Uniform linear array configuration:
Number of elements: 64
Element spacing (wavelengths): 0.5
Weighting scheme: blackman
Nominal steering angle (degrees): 45
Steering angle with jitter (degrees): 46.984
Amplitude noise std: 0.05
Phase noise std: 0.05

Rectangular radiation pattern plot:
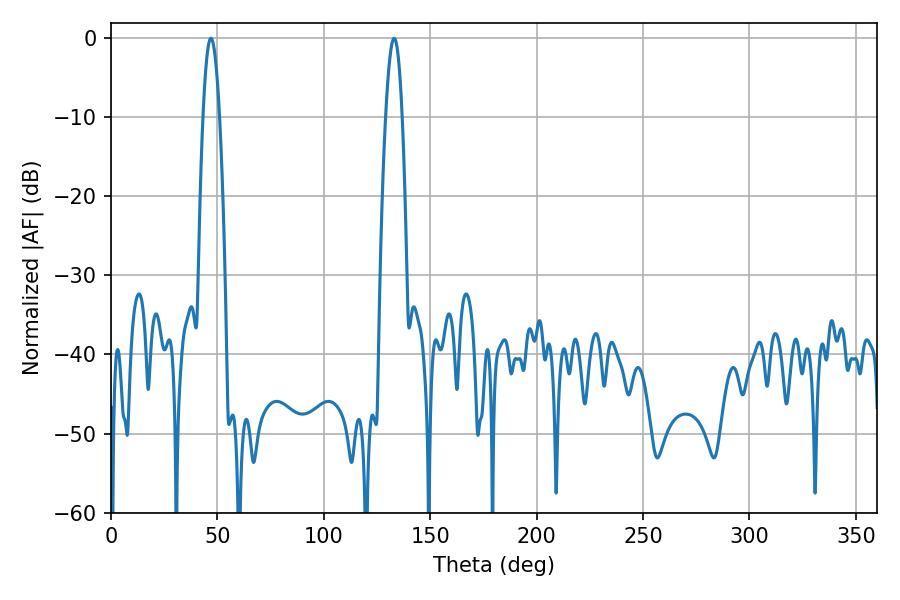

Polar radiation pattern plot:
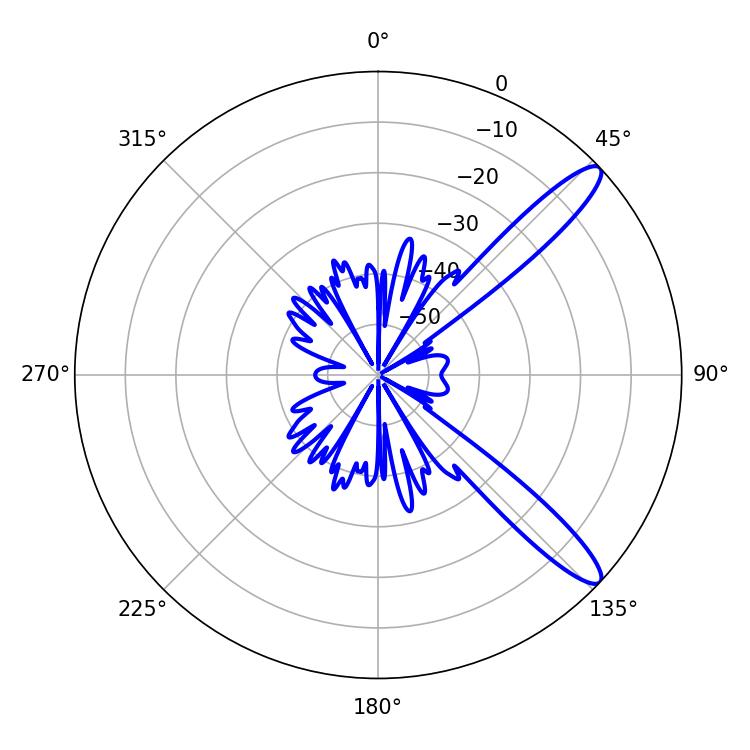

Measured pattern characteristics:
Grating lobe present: FALSE
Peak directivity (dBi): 12.29
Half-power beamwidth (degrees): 4.32
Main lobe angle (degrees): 46.98